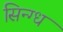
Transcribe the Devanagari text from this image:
सिन्ग्ध